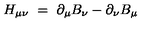
H _ { \mu \nu } \ = \ \partial _ { \mu } B _ { \nu } - \partial _ { \nu } B _ { \mu }